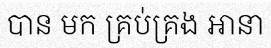
បាន មក គ្រប់គ្រង អានា